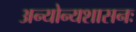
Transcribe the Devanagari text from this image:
अन्योन्यशासनः